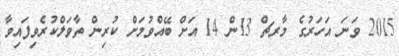
2015 ވަނަ އަހަރުގެ މާރޗް 13ން 14 އަށް ބޭއްވުމަށް ކުރިން ތާވަލްކުރެވިފައިވާ